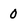
Character: 0